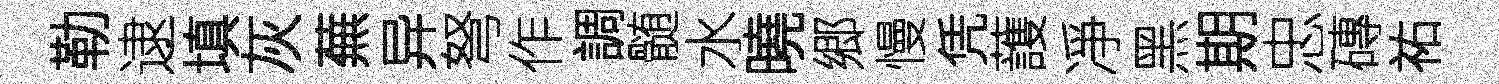
勒逮填灰蕪异弩作調髄水曉郷慢凭䕶凈黑期忠磚祐